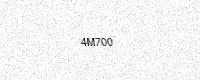
Text: 4M700